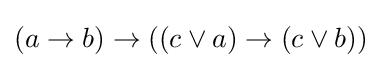
(a\rightarrow b)\rightarrow ((c\lor a)\rightarrow (c\lor b))